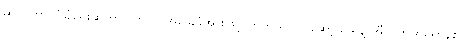
ဆိုက်ဘာလုံခြုံရေးဆိုတာ ဘာလဲ အခြေခံအားဖြင့် ဟတ်ဒ်ဝဲလ်၊ ဆော့ဖ်ဝဲရ်နဲ့ အီလက်ထရောနစ်